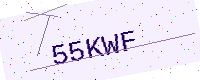
Text: 55KWF